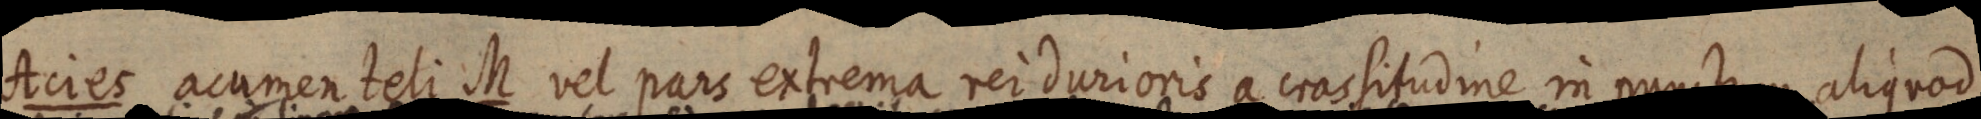
Acies acumen teli M vel pars extrema rei durioris a crasitudine in punctum aliquod